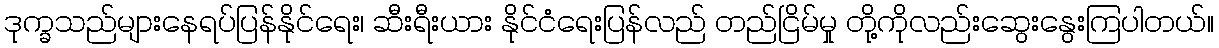
ဒုက္ခသည်များနေရပ်ပြန်နိုင်ရေး၊ ဆီးရီးယား နိုင်ငံရေးပြန်လည် တည်ငြိမ်မှု တို့ကိုလည်းဆွေးနွေးကြပါတယ်။